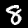
Digit: 8